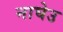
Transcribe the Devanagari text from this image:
नाघेउ